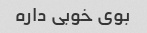
بوی خوبی داره